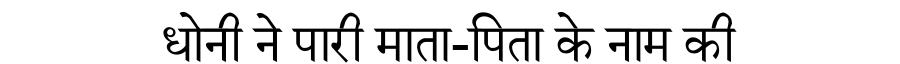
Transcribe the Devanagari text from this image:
धोनी ने पारी माता-पिता के नाम की